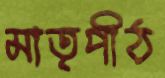
মাতৃপীঠ